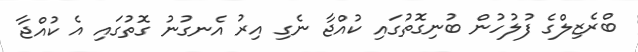
ބްރެޒިލްގެ ފުލުހުން ބުނިގޮތުގައި ކުއްޖާ ނެގި އިރު އެނގުނު ގޮތުގައި އެ ކުއްޖާ